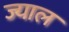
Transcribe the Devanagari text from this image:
ज्याल